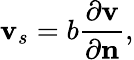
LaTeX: {\mathbf v}_{s}=b\frac{\partial\mathbf{v}}{\partial\mathbf{n}},